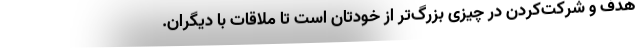
هدف و شرکت‌کردن در چیزی بزرگ‌تر از خودتان است تا ملاقات با دیگران.